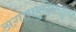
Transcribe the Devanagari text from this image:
अगाधबुद्धिरक्षुब्धो